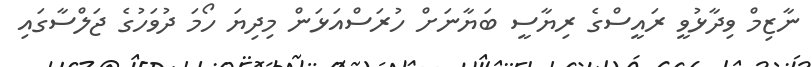
ނާޒިމް ވިދާޅުވީ ރައީސްގެ ރިޔާސީ ބަޔާނަށް ހުރަސްއަޅަން މިދިޔަ ހޯމަ ދުވަހުގެ ޖަލްސާގައި